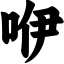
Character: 咿